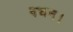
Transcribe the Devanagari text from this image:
वचन।